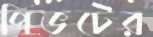
পিভটের